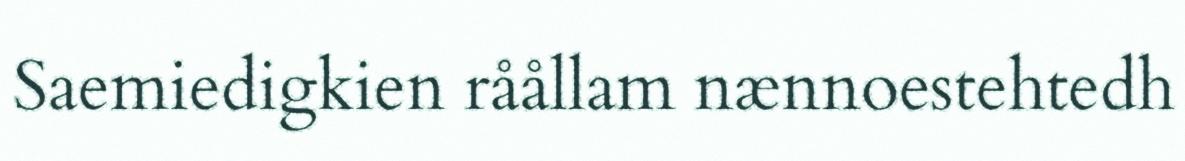
Saemiedigkien råållam nænnoestehtedh